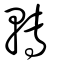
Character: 轉